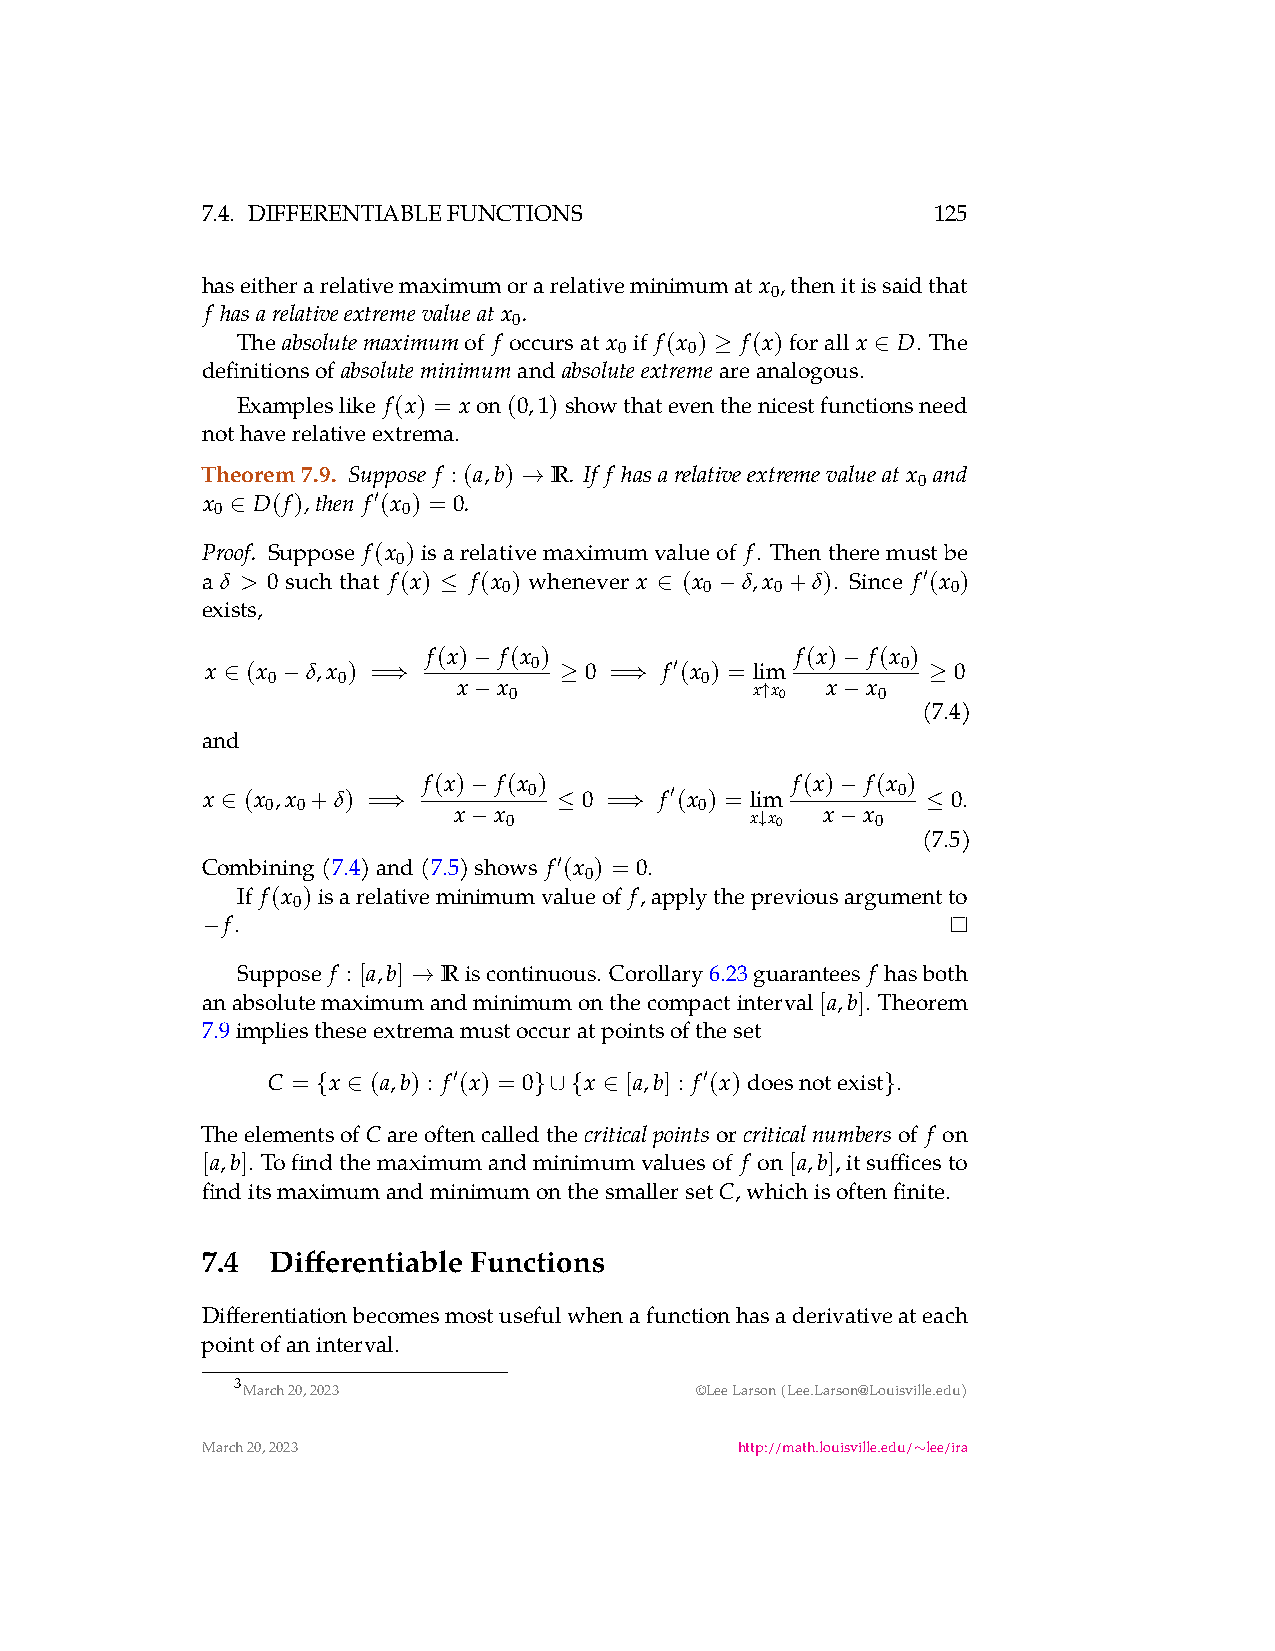
7.4. DIFFERENTIABLEFUNCTIONS                     125
 haseitherarelativemaximumorarelativeminimumat x ,thenitissaidthat
 0
 f hasarelativeextremevalueat x .
 0
 The absolutemaximumof f occursat x if f(x ) f(x)forall x D. The
 0    0
 ≥          ∈
 definitionsof        and           areanalogous.
 absoluteminimum absoluteextreme
 Exampleslike f(x) = xon(0,1)showthateventhenicestfunctionsneed
 nothaverelativeextrema.
 Theorem7.9. Suppose f : (a,b) R . If f hasarelativeextremevalueat x and
 0
 →
 x   D(f),then f (x ) = 0.
 0          ′ 0
 ∈
 Proof. Suppose f(x )isarelativemaximumvalueof f. Thentheremustbe
 0
 a δ > 0 such that f(x) f(x ) whenever x (x δ,x +δ). Since f (x )
 0             0   0         ′ 0
 ≤             ∈    −
 exists,
 f(x) f(x )               f(x) f(x )
 x (x
 0
 δ,x 0) =   −   0   0 =  f ′(x 0) = lim − 0 0
 ∈   −     ⇒    x −x 0 ≥   ⇒        x ↑x0 x −x 0 (≥
 7.4)
 and
 f(x) f(x )               f(x) f(x )
 x  (x 0,x 0+δ) =  −   0   0 =  f ′(x 0) = lim − 0 0.
 ∈         ⇒    x −x 0 ≤   ⇒        x ↓x0 x −x 0 (≤
 7.5)
 Combining(7.4)and(7.5)shows f (x ) = 0.
 ′ 0
 If f(x )isarelativeminimumvalueof f,applythepreviousargumentto
 0
 f.
 −
 Suppose f : [a,b] Riscontinuous. Corollary6.23guarantees f hasboth
 →
 anabsolutemaximumandminimumonthecompactinterval[a,b]. Theorem
 7.9impliestheseextremamustoccuratpointsoftheset
 C = x (a,b) : f ′(x) = 0 x [a,b] : f ′(x)doesnotexist .
 { ∈           }∪{  ∈                  }
 TheelementsofCareoftencalledthe criticalpointsor criticalnumbersof f on
 [a,b]. Tofindthemaximumandminimumvaluesof f on[a,b],itsufficesto
 finditsmaximumandminimumonthesmallersetC,whichisoftenfinite.
 7.4  Differentiable Functions
 Differentiationbecomesmostusefulwhenafunctionhasaderivativeateach
 pointofaninterval.
 3
 March20,2023                  ©LeeLarson(Lee.Larson@Louisville.edu)
 March20,2023                        http://math.louisville.edu/ lee/ira
 ∼